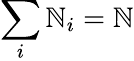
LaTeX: \sum_{i}\mathbb{N}_{i}=\mathbb{N}